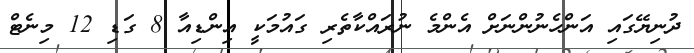
ދުނިޔޭގައި އަންހެނުންނަށް އެންމެ ނުރައްކާތެރި ގައުމަކީ އިންޑިއާ 8 ގަޑި 12 މިނެޓް